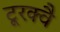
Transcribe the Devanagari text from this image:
टूरक्वै